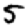
Digit: 5